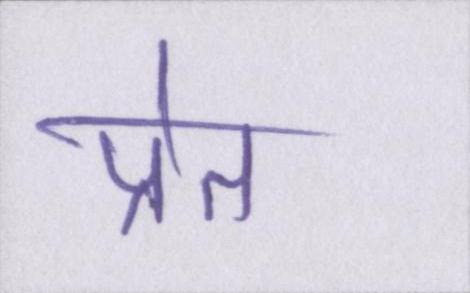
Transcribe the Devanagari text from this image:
प्रेत